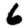
Digit: 6